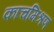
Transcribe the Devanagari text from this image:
काचमिश्रण